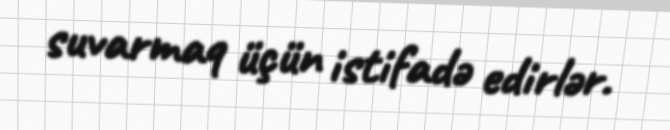
suvarmaq üçün istifadə edirlər.